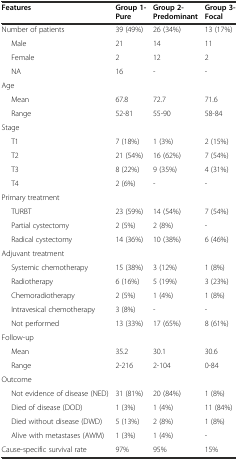
<table><thead><tr><td><b>Features</b></td><td><b>Group 1- Pure</b></td><td><b>Group 2- Predominant</b></td><td><b>Group 3- Focal</b></td></tr></thead><tbody><tr><td>Number of patients</td><td>39 (49%)</td><td>26 (34%)</td><td>13 (17%)</td></tr><tr><td>Male</td><td>21</td><td>14</td><td>11</td></tr><tr><td>Female</td><td>2</td><td>12</td><td>2</td></tr><tr><td>NA</td><td>16</td><td>-</td><td>-</td></tr><tr><td>Age</td><td></td><td></td><td></td></tr><tr><td>Mean</td><td>67.8</td><td>72.7</td><td>71.6</td></tr><tr><td>Range</td><td>52-81</td><td>55-90</td><td>58-84</td></tr><tr><td>Stage</td><td></td><td></td><td></td></tr><tr><td>T1</td><td>7 (18%)</td><td>1 (3%)</td><td>2 (15%)</td></tr><tr><td>T2</td><td>21 (54%)</td><td>16 (62%)</td><td>7 (54%)</td></tr><tr><td>T3</td><td>8 (22%)</td><td>9 (35%)</td><td>4 (31%)</td></tr><tr><td>T4</td><td>2 (6%)</td><td>-</td><td>-</td></tr><tr><td>Primary treatment</td><td></td><td></td><td></td></tr><tr><td>TURBT</td><td>23 (59%)</td><td>14 (54%)</td><td>7 (54%)</td></tr><tr><td>Partial cystectomy</td><td>2 (5%)</td><td>2 (8%)</td><td>-</td></tr><tr><td>Radical cystectomy</td><td>14 (36%)</td><td>10 (38%)</td><td>6 (46%)</td></tr><tr><td>Adjuvant treatment</td><td></td><td></td><td></td></tr><tr><td>Systemic chemotherapy</td><td>15 (38%)</td><td>3 (12%)</td><td>1 (8%)</td></tr><tr><td>Radiotherapy</td><td>6 (16%)</td><td>5 (19%)</td><td>3 (23%)</td></tr><tr><td>Chemoradiotherapy</td><td>2 (5%)</td><td>1 (4%)</td><td>1 (8%)</td></tr><tr><td>Intravesical chemotherapy</td><td>3 (8%)</td><td>-</td><td>-</td></tr><tr><td>Not performed</td><td>13 (33%)</td><td>17 (65%)</td><td>8 (61%)</td></tr><tr><td>Follow-up</td><td></td><td></td><td></td></tr><tr><td>Mean</td><td>35.2</td><td>30.1</td><td>30.6</td></tr><tr><td>Range</td><td>2-216</td><td>2-104</td><td>0-84</td></tr><tr><td>Outcome</td><td></td><td></td><td></td></tr><tr><td>Not evidence of disease (NED)</td><td>31 (81%)</td><td>20 (84%)</td><td>1 (8%)</td></tr><tr><td>Died of disease (DOD)</td><td>1 (3%)</td><td>1 (4%)</td><td>11 (84%)</td></tr><tr><td>Died without disease (DWD)</td><td>5 (13%)</td><td>2 (8%)</td><td>1 (8%)</td></tr><tr><td>Alive with metastases (AWM)</td><td>1 (3%)</td><td>1 (4%)</td><td>-</td></tr><tr><td>Cause-specific survival rate</td><td>97%</td><td>95%</td><td>15%</td></tr></tbody></table>